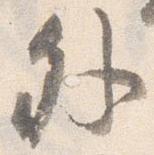
外